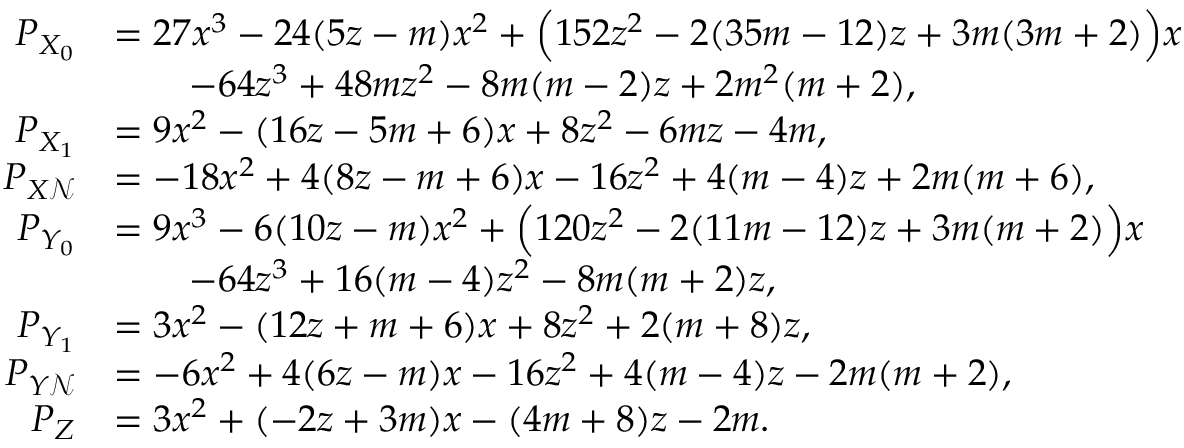
\begin{array} { r l } { P _ { X _ { 0 } } } & { = 2 7 x ^ { 3 } - 2 4 ( 5 z - m ) x ^ { 2 } + \Bigl ( 1 5 2 z ^ { 2 } - 2 ( 3 5 m - 1 2 ) z + 3 m ( 3 m + 2 ) \Bigr ) x } \\ & { \qquad - 6 4 z ^ { 3 } + 4 8 m z ^ { 2 } - 8 m ( m - 2 ) z + 2 m ^ { 2 } ( m + 2 ) , } \\ { P _ { X _ { 1 } } } & { = 9 x ^ { 2 } - ( 1 6 z - 5 m + 6 ) x + 8 z ^ { 2 } - 6 m z - 4 m , } \\ { P _ { X \mathcal { N } } } & { = - 1 8 x ^ { 2 } + 4 ( 8 z - m + 6 ) x - 1 6 z ^ { 2 } + 4 ( m - 4 ) z + 2 m ( m + 6 ) , } \\ { P _ { Y _ { 0 } } } & { = 9 x ^ { 3 } - 6 ( 1 0 z - m ) x ^ { 2 } + \Bigl ( 1 2 0 z ^ { 2 } - 2 ( 1 1 m - 1 2 ) z + 3 m ( m + 2 ) \Bigr ) x } \\ & { \qquad - 6 4 z ^ { 3 } + 1 6 ( m - 4 ) z ^ { 2 } - 8 m ( m + 2 ) z , } \\ { P _ { Y _ { 1 } } } & { = 3 x ^ { 2 } - ( 1 2 z + m + 6 ) x + 8 z ^ { 2 } + 2 ( m + 8 ) z , } \\ { P _ { Y \mathcal { N } } } & { = - 6 x ^ { 2 } + 4 ( 6 z - m ) x - 1 6 z ^ { 2 } + 4 ( m - 4 ) z - 2 m ( m + 2 ) , } \\ { P _ { Z } } & { = 3 x ^ { 2 } + ( - 2 z + 3 m ) x - ( 4 m + 8 ) z - 2 m . } \end{array}